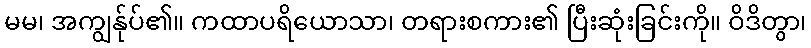
မမ၊ အကျွန်ုပ်၏။ ကထာပရိယောသာ၊ တရားစကား၏ ပြီးဆုံးခြင်းကို။ ဝိဒိတွာ၊